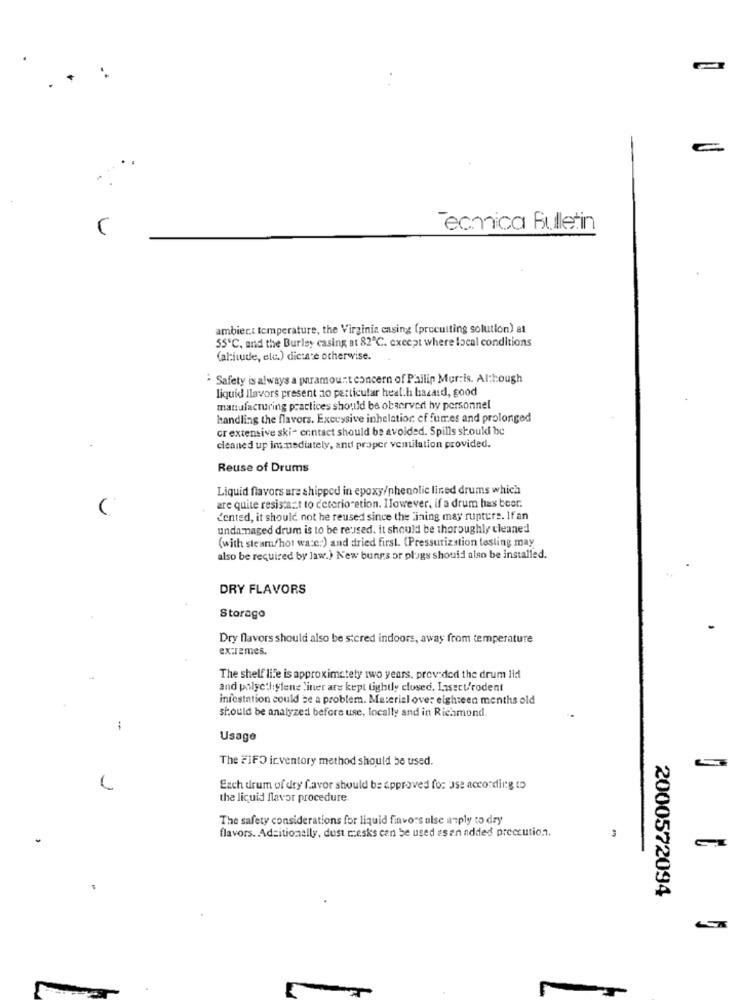
..
Technica Bulletin
ambient temperature, the Virginiz casing (precutting solution) at
55'C, and the Burley casing at 82℃. except where local conditions
(atitude, elu.) dictate otherwise.
Safety is always a paramount concern of Philip Morris. Although
liquid llavors present ao particular health hazard, good
manufacturing practices should be observed by personnel
handling the flavors. Excessive inhelatior ef fumes and prolonged
cr extensive ski- contact should be avoided. Spills skoukl be
.
cleaned up im mediately, and proper ventilation provided.
Reuse of Drums
Liquid flavors are shipped in epoxy/phenolic lined drums which
are quite resistazt to ceterioretion. Ilowever, if a drum has beer.
dented, it should not he reused since the "ining may rupture. If an
unda maged drum is to be revised. it should be thoroughly cleaned
(with steam/hot wa:e:) and dried first. (Pressurization testing may
also be required by law.) New bungs or plugs should also be installed.
DRY FLAVORS
Storago
Dry flavors should also be stered indoors, away from temperature
extremes.
The shelf life is approximately two years, provided the drum lid
and polyethylene liner ars kept tightly closed. Insect/rodent
infestation could be a problem. Material over eighteen months old
should be analyzed before use, locally and in Richmond.
Usage
The FIFO inventory method should be used.
Each drum of dry favor should be approved for use according to
the liquid flavor procedure
The safety considerations for liquid finvors alse azply to dry
flavors. Adsitionelly, dust resks can be used as en added preccution.
3
2000572094